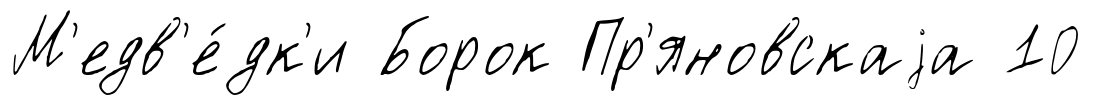
М'едв'е́дк'и Борок Пр'яновскаjа 10